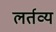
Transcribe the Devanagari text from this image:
लर्तव्य